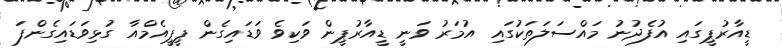
ޑީއާރުޕީގައި އުފެދުނު މައްސަލަތަކުގައި އުމަރު ވަނީ ޑީއާރުޕީން ވަކިވެ ވަޑައިގެން ޕީޕީއެމްއާ ގުޅިވަޑައިގެންފަ